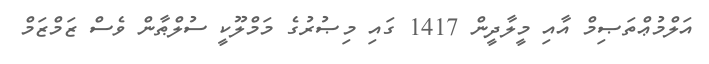
އަލްމުޢްތަޞިމް އާއި މީލާދީން 1417 ގައި މިޞުރުގެ މަމްލޫކީ ސުލްޠާން ވެސް ޒަމްޒަމް